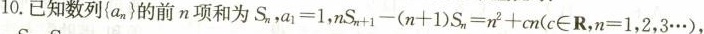
10.已知数列{a_{n}}的前n项和为S_{n}，a_{1}=1，nS_{n+1}-(n+1)S_{n}=n^{2}+cn(c \in R，n=1，2，3…)，